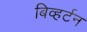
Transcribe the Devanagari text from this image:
बिव्हर्टन